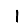
Digit: 1